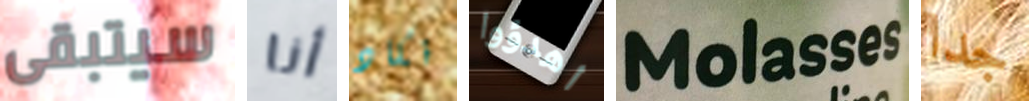
سيتبقى أنا نكاد اهدؤوا Molasses جدا